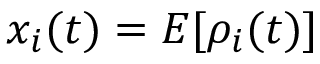
x _ { i } ( t ) = E [ \rho _ { i } ( t ) ]